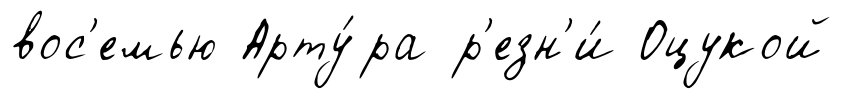
вос'емью Арту́ра р'езн'и́ Оцукой